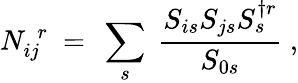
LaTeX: N_{ij}^{~~r}~=~\sum_{s}~{\frac{S_{is}S_{js}S_{s}^{\dagger r}}{S_{0s}}}~,